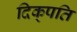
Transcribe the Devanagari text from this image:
दिक्‌पति